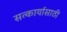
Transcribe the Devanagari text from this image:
सत्कार्यासाठी